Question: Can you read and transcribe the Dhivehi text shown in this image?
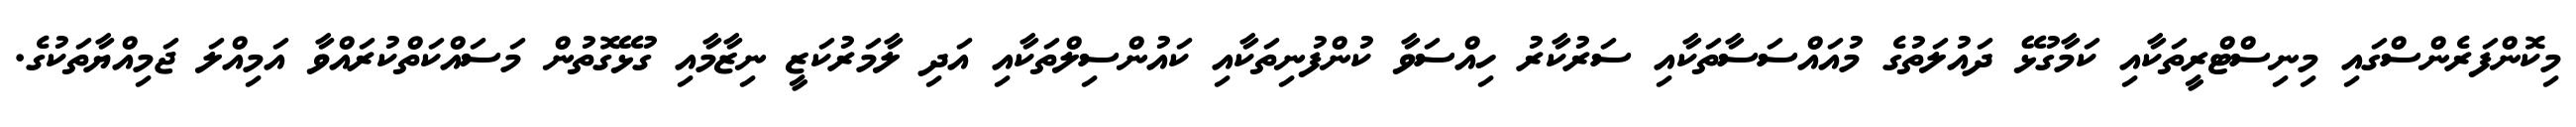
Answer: މިކޮންފަރެންސްގައި މިނިސްޓްރީތަކާއި ކަމާގުޅޭ ދައުލަތުގެ މުއައްސަސާތަކާއި ސަރުކާރު ހިއްސަވާ ކުންފުނިތަކާއި ކައުންސިލްތަކާއި އަދި ލާމަރުކަޒީ ނިޒާމާއި ގުޅޭގޮތުން މަސައްކަތްކުރައްވާ އަމިއްލަ ޖަމިއްޔާތަކުގެ.